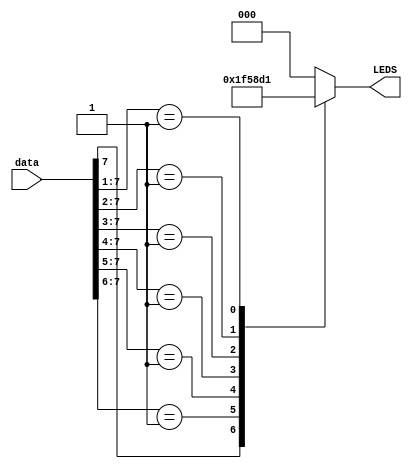
module priorityEncoderADC(
    input [7:0] data, // GPIO ports on my board connected to wires from circuit board 
    output [2:0] LEDS // onboard LEDS 
    );
    reg [2:0] tempOut;
    always@(*) 
    begin
      casez(data) 
      8'b1???????: tempOut = 3'b111;
      8'b01??????: tempOut = 3'b110;
      8'b001?????: tempOut = 3'b101;
      8'b0001????: tempOut = 3'b100;
      8'b00001???: tempOut = 3'b011;
      8'b000001??: tempOut = 3'b010;
      8'b0000001?: tempOut = 3'b001; // 00000001 is the only other possible case bc LSB is always hot 
      default: tempOut = 3'b000; // covers case where only LSB is 1, cant all be 0 because of wiring 
      endcase
    end // end always 
    
    assign LEDS = tempOut; // needed bc LEDS arent type reg so cant be assigned in above block 
    
endmodule